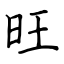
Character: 旺